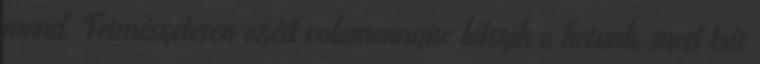
mond. Természetesen azért valamennyire látszik a korunk, mert bár